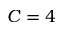
C = 4